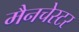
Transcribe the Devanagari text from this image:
मैनचेस्‍टर